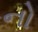
નો